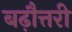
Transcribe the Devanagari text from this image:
बढ़ौत्तरी